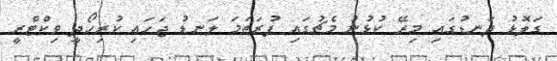
ގަލޮޅު ދަނޑުގައި މިރޭ ކުޅުނު މެޗުގައި ފުރަތަމަ ލަނޑު ޖަހައި ކުރިހޯދީ ވިކްޓްރީ